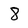
Character: 8